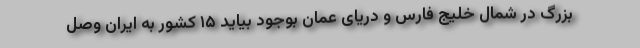
بزرگ در شمال خلیج فارس و دریای عمان بوجود بیاید ۱۵ کشور به ایران وصل